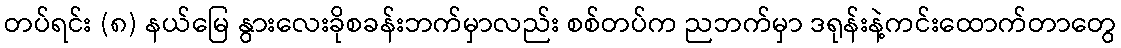
တပ်ရင်း (၈) နယ်မြေ နွားလေးခိုစခန်းဘက်မှာလည်း စစ်တပ်က ညဘက်မှာ ဒရုန်းနဲ့ကင်းထောက်တာတွေ